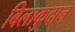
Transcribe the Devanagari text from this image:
बिलाकुदान